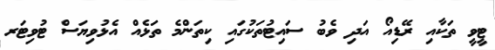
ޓީވީ ތަކާއި ރޭޑިއޯ އަދި ވެބު ސައިޓުތަކުގައި ކިތަންމެ ތަޅެއް އެޅުވިޔަސް ޓުވިޓަރ